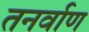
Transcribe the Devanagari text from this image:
तनर्वाण